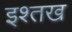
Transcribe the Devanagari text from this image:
इश्तख